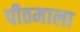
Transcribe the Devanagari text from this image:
पीठमाला